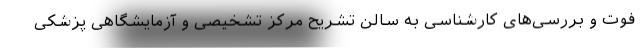
فوت و بررسی‌های کارشناسی به سالن تشریح مرکز تشخیصی و آزمایشگاهی پزشکی